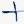
Text: +